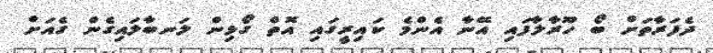
ދެފަރާތަށް ބޯ ހޫރާލާފައި އޭނާ އެންމެ ކައިރީގައި އޮތް ގޯޅިން ލަނބާލައިގެން ގެއަށް